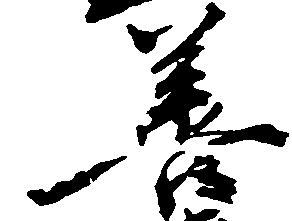
善